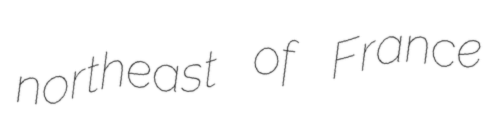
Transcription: northeast of France